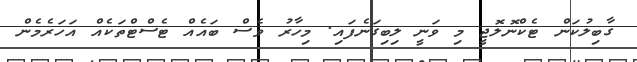
ގާބިލުކަން ޓެކްނޮލޮޖީ މި ވަނީ ލިބިގަނެފައި. މިހާރު ވެސް ބައެއް ޓެސްޓްތަކެއް އަހަރެމެން